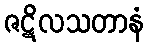
ဇဋိလသတာနံ